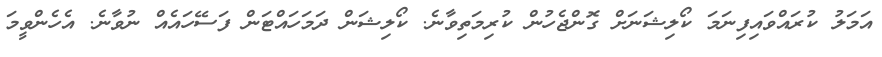
އަމަލު ކުރައްވައިފިނަމަ ކޯލިޝަނަށް ގޮންޖެހުން ކުރިމަތިވާނެ. ކޯލިޝަން ދަމަހައްޓަން ފަސޭހައެއް ނުވާނެ. އެހެންވީމަ